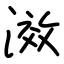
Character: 滧